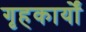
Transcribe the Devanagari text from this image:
गृहकार्यों